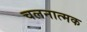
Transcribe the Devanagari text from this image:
चलनात्मक